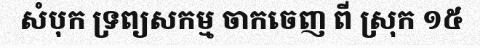
សំបុក ទ្រព្យសកម្ម ចាកចេញ ពី ស្រុក ១៥